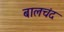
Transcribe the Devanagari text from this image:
बालचंद